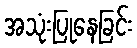
အသုံးပြုနေခြင်း